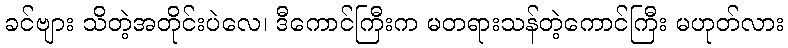
ခင်ဗျား သိတဲ့အတိုင်းပဲလေ၊ ဒီကောင်ကြီးက မတရားသန်တဲ့ကောင်ကြီး မဟုတ်လား